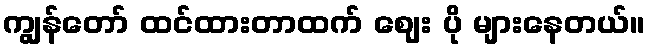
ကျွန်တော် ထင်ထားတာထက် ဈေး ပို များနေတယ်။